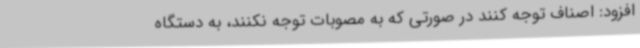
افزود: اصناف توجه کنند در صورتی که به مصوبات توجه نکنند، به دستگاه